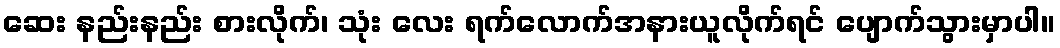
ဆေး နည်းနည်း စားလိုက်၊ သုံး လေး ရက်လောက်အနားယူလိုက်ရင် ပျောက်သွားမှာပါ။